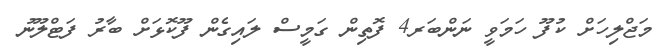
މަޖްލިހަށް ކުފޫ ހަމަވީ ނަންބަރ4 ފޮތިން ގަމީސް ލައިގެން ފޫކޮޅަށް ބާރު ފަޓްލޫނު